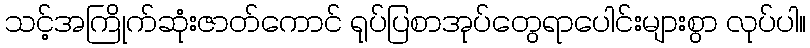
သင့်အကြိုက်ဆုံးဇာတ်ကောင် ရုပ်ပြစာအုပ်တွေရာပေါင်းများစွာ လုပ်ပါ။